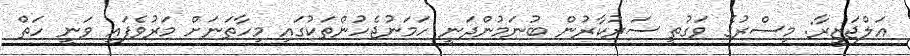
އަލްޖަޒީރާ: މިސްރުގެ ވަގުތީ ސަރުކާރުން ބުނަމުންދަނީ ހަމަނުޖެހުންތަކުގައި މިހާތަނަށް މަރުވެފައި ވަނީ ހަތް